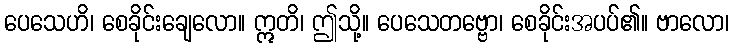
ပေသေဟိ၊ စေခိုင်းချေလော။ ဣတိ၊ ဤသို့။ ပေသေတဗ္ဗော၊ စေခိုင်းအပပ်၏။ ဗာလော၊